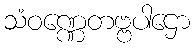
သံဝဏ္ဏေတဗ္ဗပါဌော